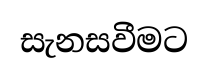
සැනසවීමට